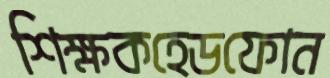
শিক্ষকহেডফোন